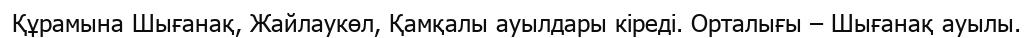
Құрамына Шығанақ, Жайлаукөл, Қамқалы ауылдары кіреді. Орталығы – Шығанақ ауылы.